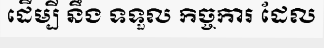
ដើម្បី នឹង ទទួល កិច្ចការ ដែល